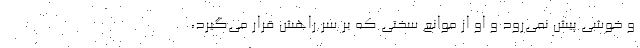
و خوشی پیش نمی‌رود و او از موانع سختی که بر سر راهش قرار می‌گیرد،